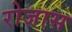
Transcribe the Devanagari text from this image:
रोजास